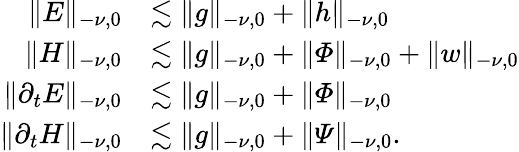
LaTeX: \begin{array}{rl}{\lVert E\rVert_{-\nu,0}}&{\lesssim\lVert g\rVert_{-\nu,0}+\lVert h\rVert_{-\nu,0}}\\ {\lVert H\rVert_{-\nu,0}}&{\lesssim\lVert g\rVert_{-\nu,0}+\lVert\varPhi\rVert_{-\nu,0}+\lVert w\rVert_{-\nu,0}}\\ {\lVert\partial_{t}E\rVert_{-\nu,0}}&{\lesssim\lVert g\rVert_{-\nu,0}+\lVert\varPhi\rVert_{-\nu,0}}\\ {\lVert\partial_{t}H\rVert_{-\nu,0}}&{\lesssim\lVert g\rVert_{-\nu,0}+\lVert\varPsi\rVert_{-\nu,0}.}\end{array}